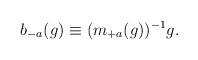
LaTeX: \begin{align*}b_{-a}(g) \equiv (m_{+a}(g))^{-1} g. \end{align*}